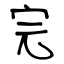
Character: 完